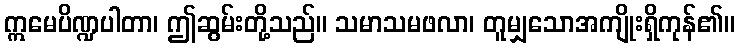
ဣမေပိဏ္ဍပါတာ၊ ဤဆွမ်းတို့သည်။ သမာသမဖလာ၊ တူမျှသောအကျိုးရှိကုန်၏။